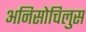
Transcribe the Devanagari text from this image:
अनिसोचिलुस